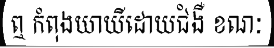
ឮ កំពុងយាយីដោយជំងឺ ខណៈ